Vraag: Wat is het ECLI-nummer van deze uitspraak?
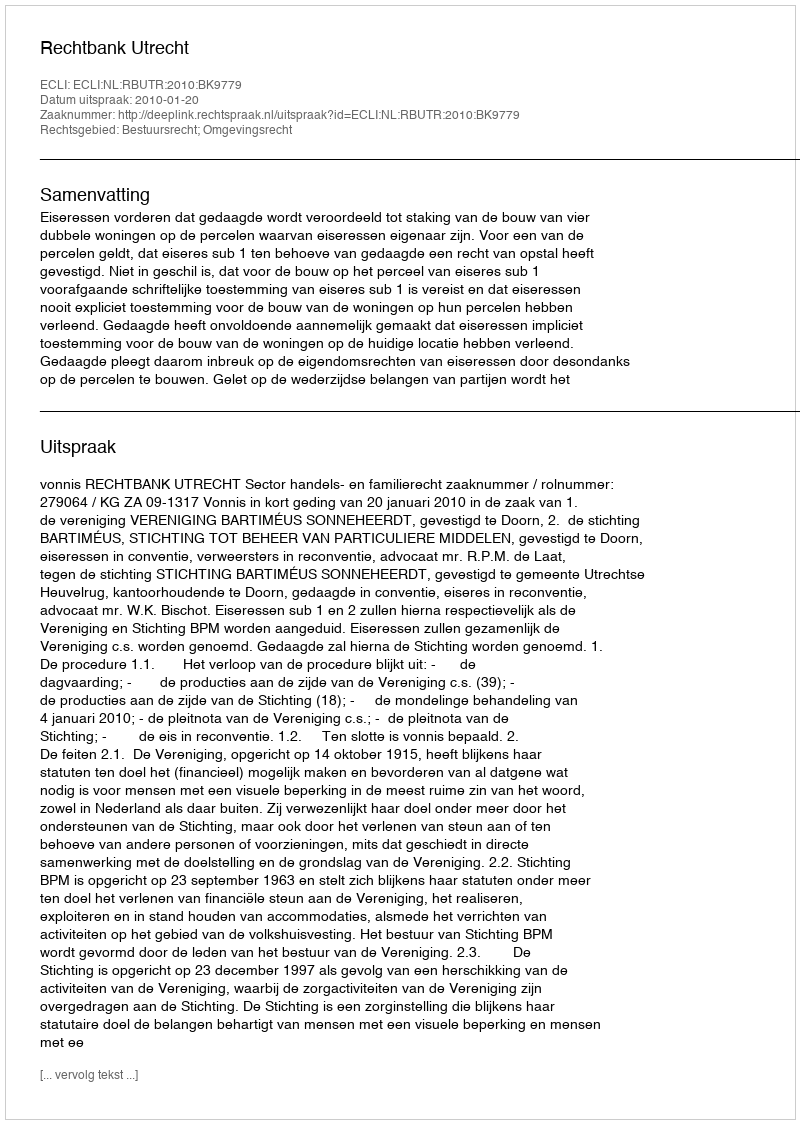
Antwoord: ECLI:NL:RBUTR:2010:BK9779